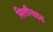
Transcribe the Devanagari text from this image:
सिलीनाइड